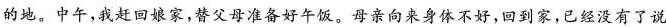
的地、中午，我赶回娘家，替父母准备好午饭，母亲向来身体不好，回到家，已经没有了说